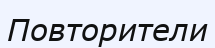
Повторители